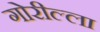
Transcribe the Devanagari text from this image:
गोरील्ला